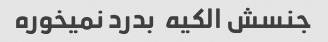
جنسش الکیه  بدرد نمیخوره